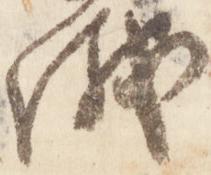
議